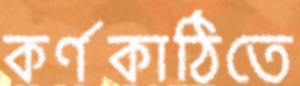
কর্ণকাঠিতে